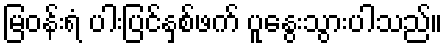
မြဝန်းရံ ပါးပြင်နှစ်ဖက် ပူနွေးသွားပါသည်။